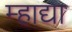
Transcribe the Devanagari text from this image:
म्हाद्या